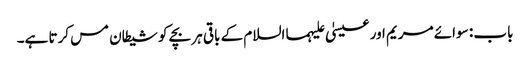
باب : سوائے مریم اور عیسیٰ علیہما السلام کے باقی ہر بچے کو شیطان مس کرتا ہے۔